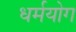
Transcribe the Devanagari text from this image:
धर्मयोग